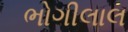
ભોગીલાલ